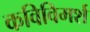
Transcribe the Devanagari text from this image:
कविविमर्श